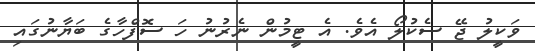
ވަކީލު ޖޭ ސެކުލޯ އެވެ. އެ ޓީމުން ނެރުނު ހަ ސޮފްހާގެ ބަޔާނުގައި